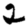
Digit: 2